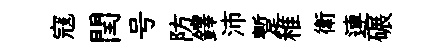
寇閏号防鐸沛蹔稚衛連碾